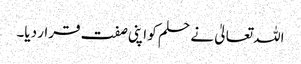
اللہ تعالیٰ نے حلم کو اپنی صفت قرار دیا۔